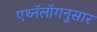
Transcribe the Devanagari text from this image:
एथ्नॅलॉगनुसार